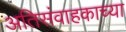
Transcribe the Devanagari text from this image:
अतिसंवाहकाच्या